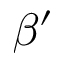
\beta ^ { \prime }